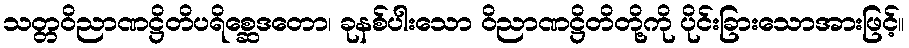
သတ္တဝိညာဏဋ္ဌိတိပရိစ္ဆေဒတော၊ ခုနစ်ပါးသော ဝိညာဏဋ္ဌိတိတို့ကို ပိုင်းခြားသောအားဖြင့်။